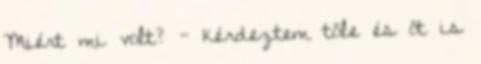
Miért mi volt? - kérdeztem tőle és őt is